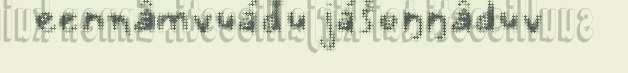
eennâmvuáđu jášoŋŋâduv